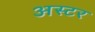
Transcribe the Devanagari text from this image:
अस्टर